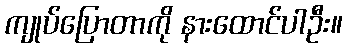
ကျုပ်ပြောတာကို နားထောင်ပါဦး။